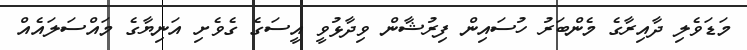
މަޑަވެލި ދާއިރާގެ މެންބަރު ހުސައިން ފިރުޝާން ވިދާޅުވީ އީސަގެ ގެވެށި އަނިޔާގެެ މައްސަލައެއް